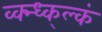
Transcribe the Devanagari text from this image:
व्क्न्ध्क्ल्कं